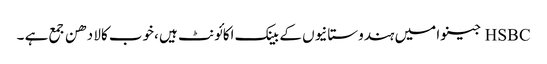
HSBC جینوا میں ہندوستانیوں کے بینک اکائونٹ ہیں ،خوب کالا دھن جمع ہے ۔